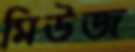
মিউজ